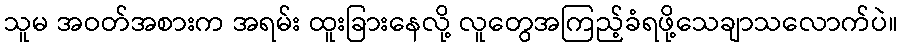
သူမ အဝတ်အစားက အရမ်း ထူးခြားနေလို့ လူတွေအကြည့်ခံရဖို့သေချာသလောက်ပဲ။